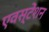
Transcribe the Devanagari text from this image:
एवस्टेंशन